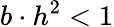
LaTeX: b\cdot h^{2}<1